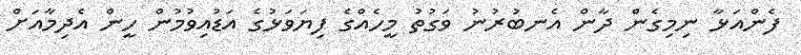
ފެންއަޅާ ނިމިގެން ދާން އެނބުރުނު ވަގުތު މީހެއްގެ ފިޔަވަޅުގެ އަޑުއިވުމުން ހީން އެދިމާއަށް